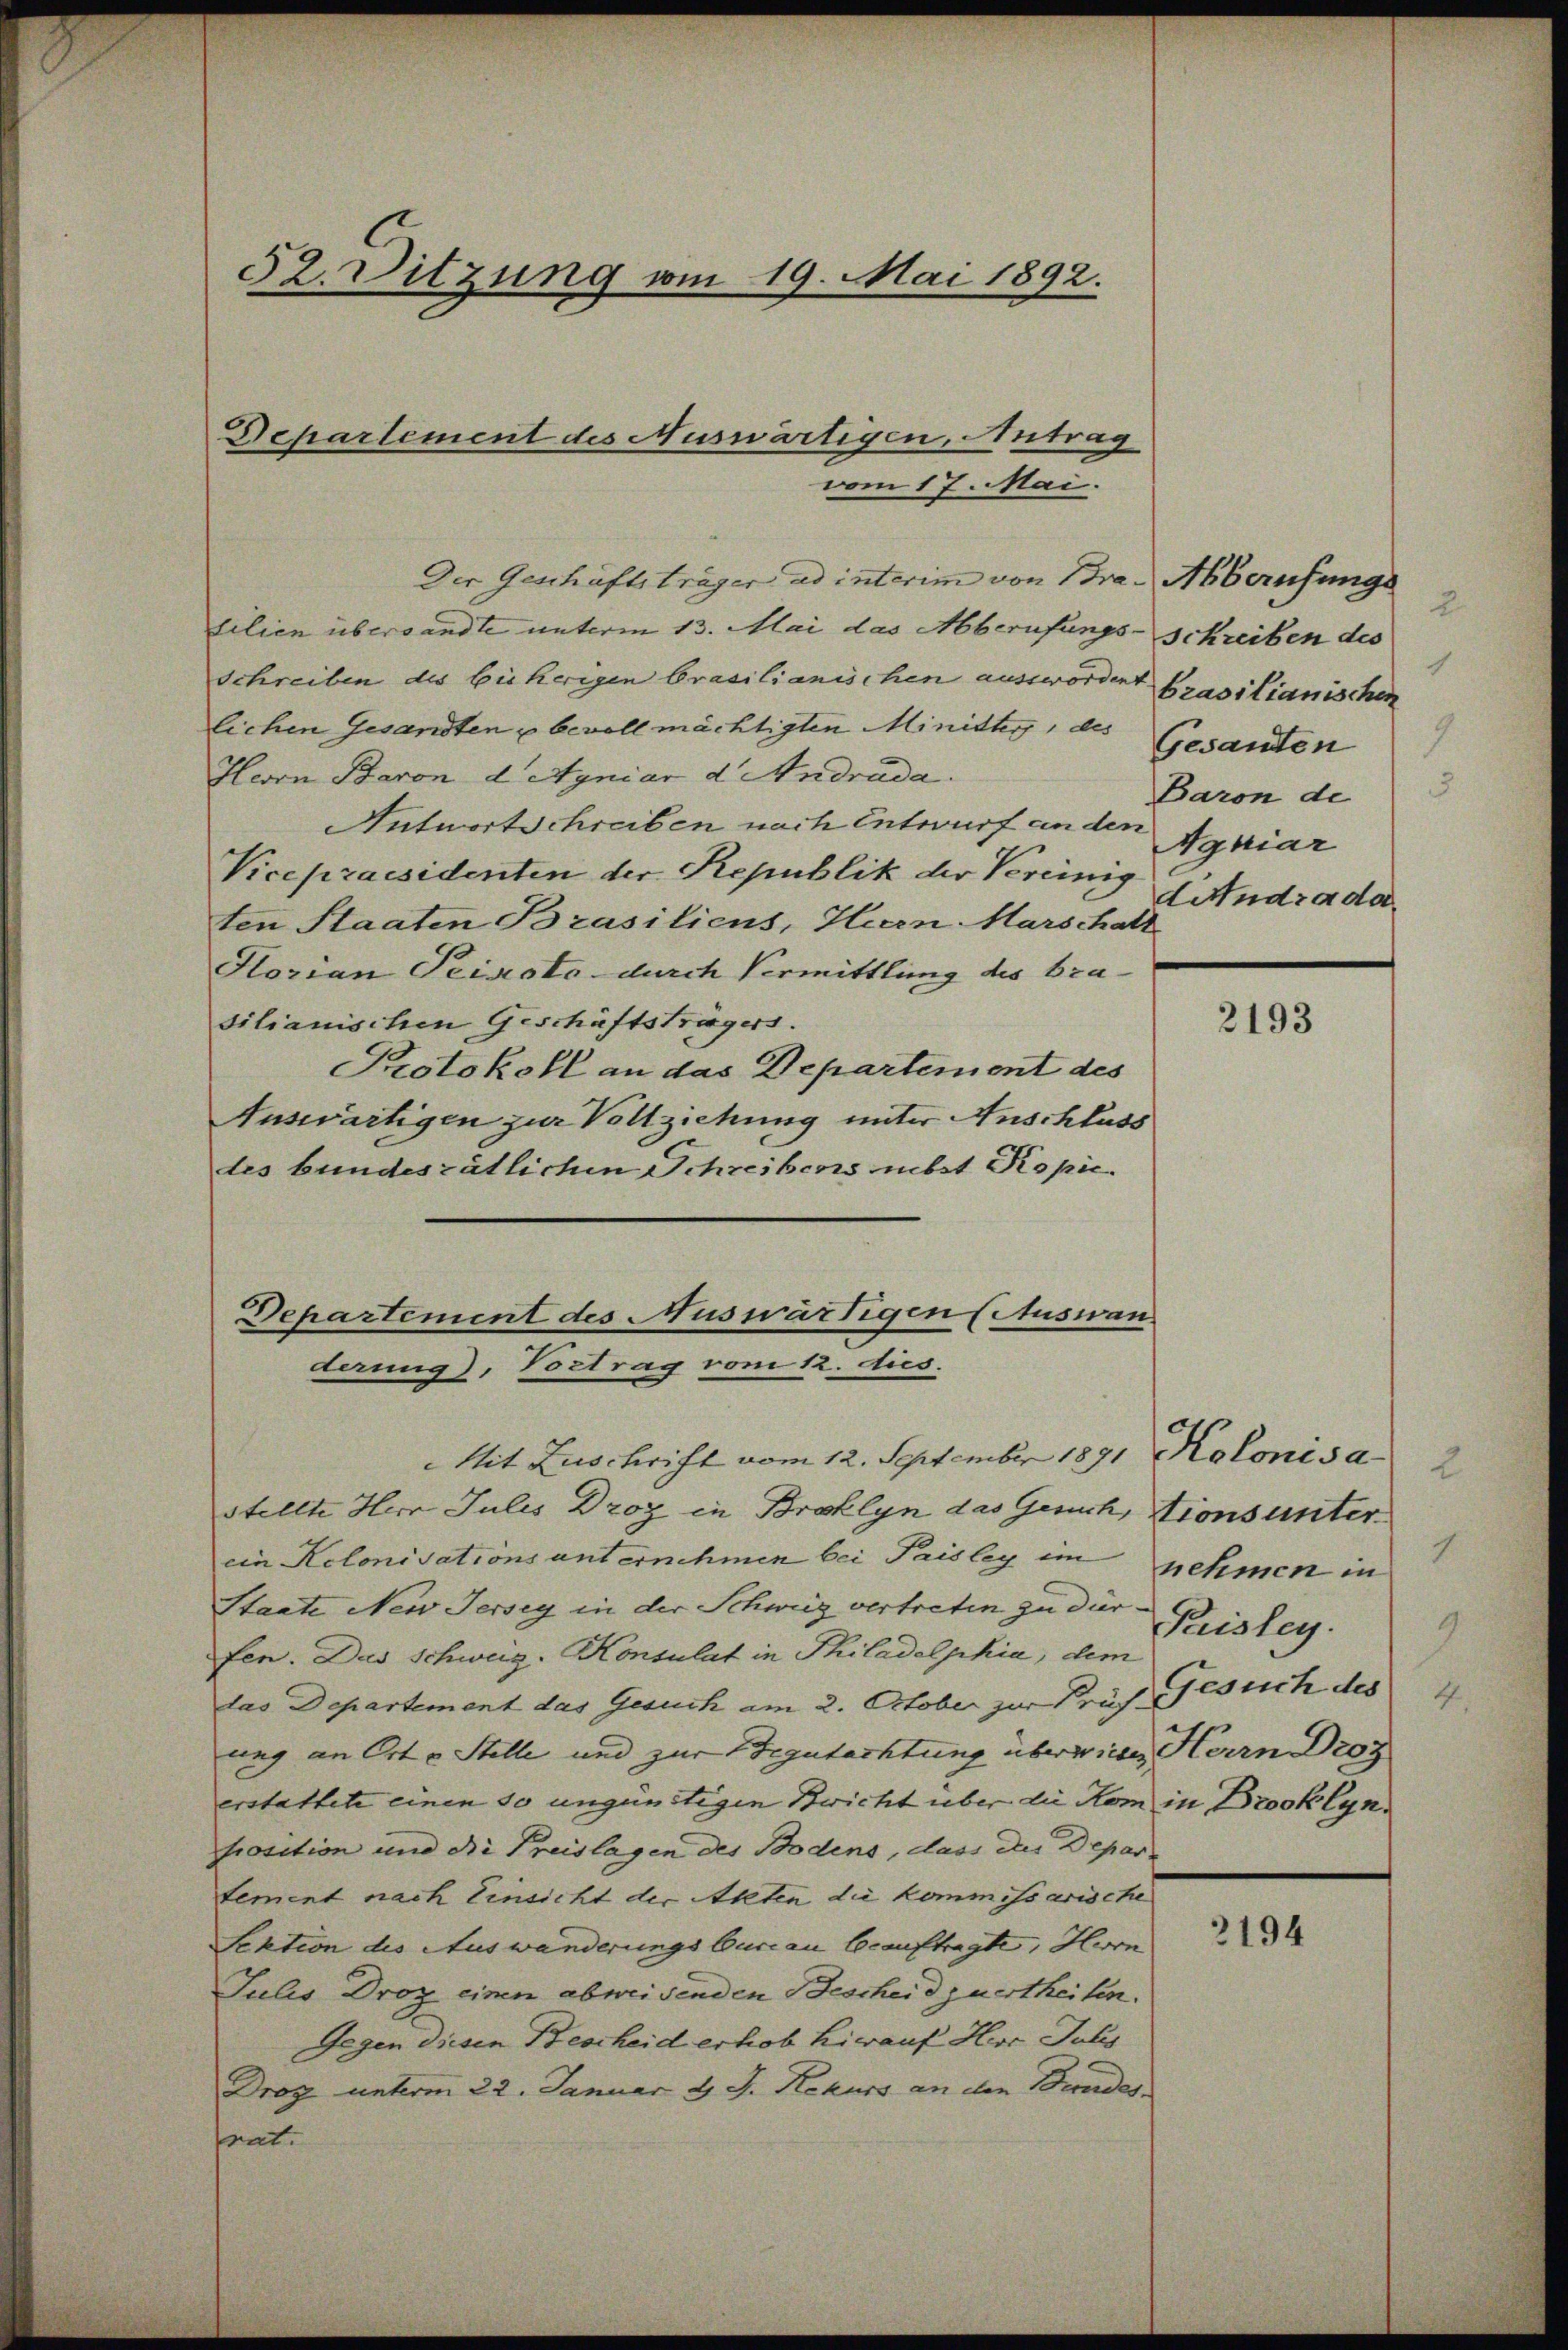
Der Geschäftsträger ad interim von Bra-Abberufungs
tilien übersandte unterm 13. Mai das Aberufungs- schreiben des
Schreiben des bisherigen brasilianischen ausswordent prasilianischen
lichen Gesandten u bevollmächtigten Ministy, des Gesanten
Hevon Baron d Agniar d. Andrada.
Antwortschreiben nach Entwurf an den
Vicepraesidenten der Republik der Vereinig
dindra da
ten Staaten Brasiliens, Herrn Marschatt
Horian Seinesto durch Vermittlung des brasilianischen Geschäftsträgers.
Protokoll an das Departement des
Auswärtigen zur Vollziehung unter Anschluss
des bundesrätlichen Schreibens nebst Kopie

52. Sitzung vom 19. Mai 1892.

Departement des Auswärtigen, Antrag
vom 17. Mai.

Departement des Auswärtigen (Auswan
derung), Vortrag vom 12. dies.

Mit Zuschrift vom 12. September 1891 Kolonis a
stellte Herr Julis Droy in Broklyn das Gesuch, tions unter
ein Kolonisations unternehmen bei Paisley im nehmen in
Staate New Jersey in der Schweiz vertreten zu der Beistey
fen. Das Schweiz. Konsulat in Philadelphia, dem
das Departement das Gesuch am 2. October zu Prof. Gesuch des 4
ung an Orte Stelle und zur Begutachtung überwiese Herrn Droz
erstattete einen so ungünstigen Bericht über die Kom in Drooklynfrosition und die Preislagen des Bodens, dass das Departement nach Einsicht der Akten die kommissarische
Sektion des Auswanderungsbureau beauftragte, Herrn
Julis Droz einen abweisenden Bescheid zuertheilen.
Gegen diesen Bescheid erhob hirauf Herr Julis
Droy unterm 22. Januar d. J. Rekurs an den Bundes
rat.

2193

9

2